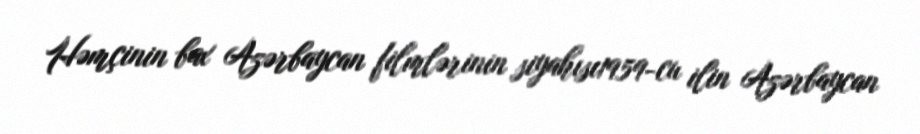
Həmçinin bax Azərbaycan filmlərinin siyahısı1959-cu ilin Azərbaycan